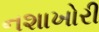
નશાખોરી